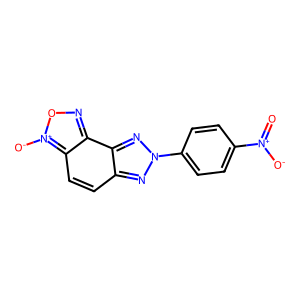
SMILES: O=[N+]([O-])c1ccc(-n2nc3ccc4c(no[n+]4[O-])c3n2)cc1
Inhibits HIV replication: No